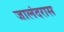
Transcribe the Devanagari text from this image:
जालंदरास